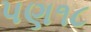
પણ૧૮